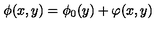
\phi ( x , y ) = \phi _ { 0 } ( y ) + \varphi ( x , y )